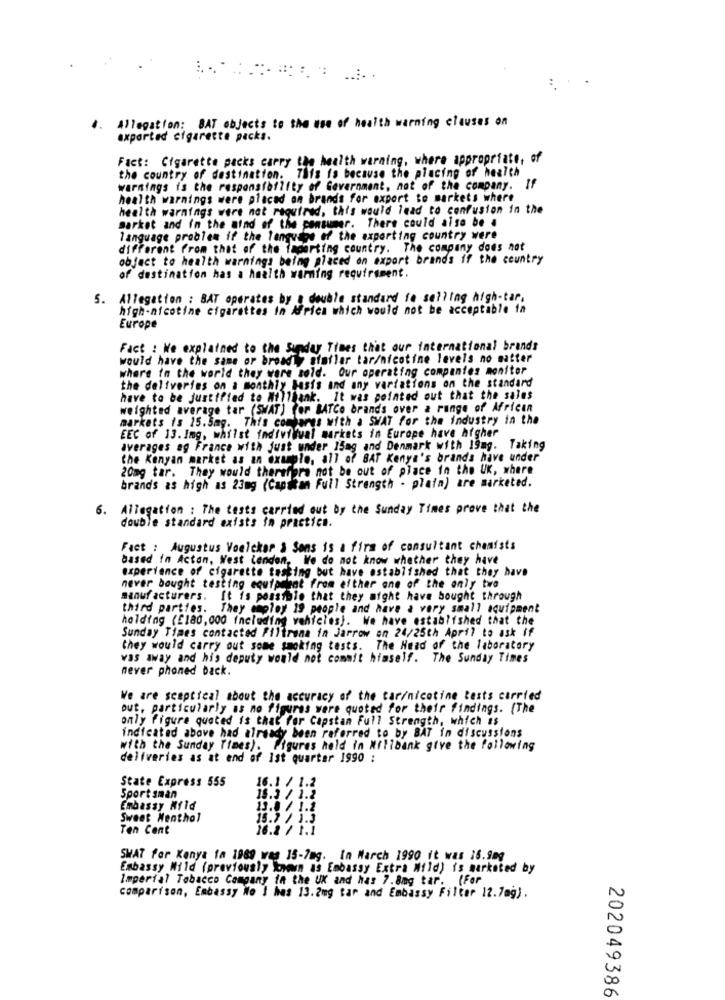
4. Allegation: BAT objects to the use of health warning clauses on
axparted cigarette packs.
Fact: Cigarette packs carry the health warning, where appropriate, of
the country of destination. This is because the placing of health
warnings is the responsibility of Government, not of the company. If
health warnings were placed on brands for export to markets where
health warnings were not required, this would lead to confusion in the
market and in the mind of the consumer. There could also be .
language problem if the language of the exporting country were
different From that of the taparting country. The company does not
object to health warnings being placed on export brands if the country
of destination has a health warming requirement.
5. Allegation : BAT operates by a double standard fe selling high-tar.
high-nicotine cigarettes in Africa which would not be acceptable in
Europe
Fact : We explained to the Sunday Times that our international brands
would have the same or broadly afallar tar/nicotine levels no matter
where in the world they were sold. Our operating companies monitor
the deliveries on a monthly basis and any variations on the standard
have to be justified to Millbank. It was pointed out that the sales
weighted average tar (SWAT) for BATCe brands over a range of African
markets is 15.5mg. This combares with a SWAT for the industry in the
EEC of 13. Ing, whilst individual markets in Europe have higher
averages ag France with just under 15mg and Denmark with 19mg. Taking
the Kenyan market as an example, all of BAT Kenya's brands have under
20mg tar. They would therefore not be out of place in the UK, where
brands as high as 23mg (Cantkan Full Strength - plain) are marketed.
6. Allegation : The tests carried out by the Sunday Times prove that the
double standard exists in practice.
Fact : Augustus Voelcker & Sons is a firm of consultant chemists
based in Acton, West London, We do not know whether they have
experience of cigarette testing but have established that they have
never bought testing equipahat from either one of the only two
manufacturers. It is possible that they might have bought through
third parties. They employ 19 people and have a very small equipment
holding (£180,000 including vehicles). We have established that the
Sunday Times contacted Filtrona in Jarrow on 24/25th April to ask if
they would carry out some smoking tests. The Head of the laboratory
was away and his deputy would not commit himself. The Sunday Times
never phoned back.
We are sceptical about the accuracy of the car/nicotine tests carried
out, particularly as no figuras were quoted for their findings. [The
only figure quoted is that for Capstan Full Strength, which is
indicated above had already been referred to by BAT in discussions
with the Sunday Times). Figures held in Milibank give the following
deliveries as at end of Ist quarter 1990 :
State Express 555
16.1 / 1.2
Sportsman
15.3 / 1.2
Embassy Mild
13.8 / 1.2
Sweet Menthol
15.7 / 1.3
Ten Cent
16.2 / 1.1
SWAT for Kenya fa 1989 was 15-7mg. In March 1990 it was 16.9mg
Embassy Mild (previously known as Embassy Extra Mild) is marketed by
Imperial Tobacco Company in the UK and has 7.8mg tar. (For
comparison, Embassy No ] has 13.2mg tar and Embassy Filter 12.7mg).
202049386